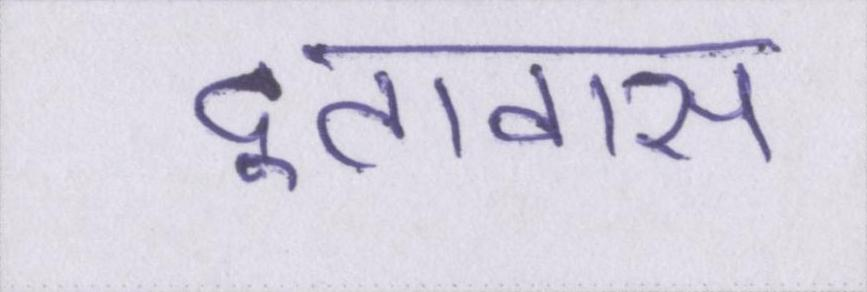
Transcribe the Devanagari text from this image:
दूतावास